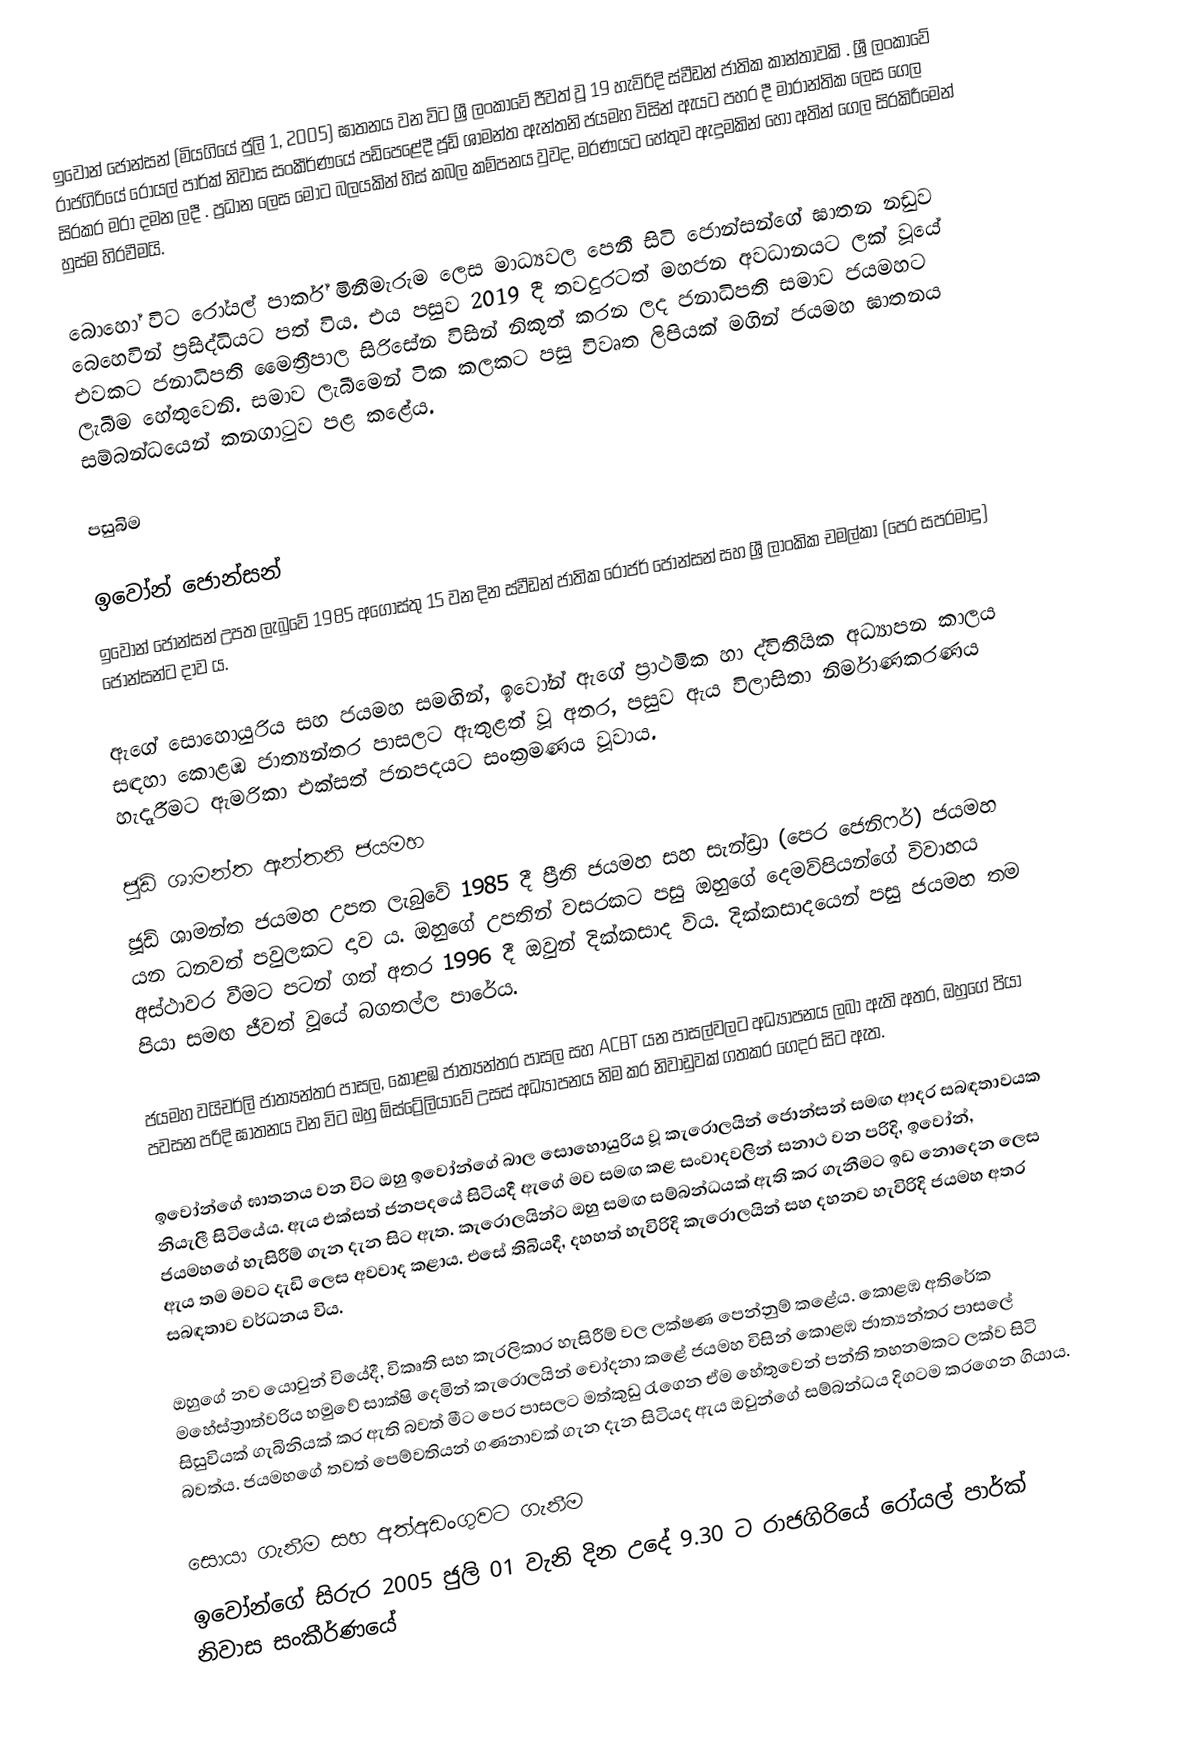
ඉවෝන් ජොන්සන් (මියගියේ ජුලි 1, 2005) ඝාතනය වන විට ශ්‍රී ලංකාවේ ජීවත් වූ 19 හැවිරිදි ස්වීඩන් ජාතික කාන්තාවකි . ශ්‍රී ලංකාවේ රාජගිරියේ රෝයල් පාර්ක් නිවාස සංකීර්ණයේ පඩිපෙළේදී ජූඩ් ශාමන්ත ඇන්තනි ජයමහ විසින් ඇයට පහර දී මාරාන්තික ලෙස ගෙල සිරකර මරා දමන ලදී . ප්‍රධාන ලෙස මොට බලයකින් හිස් කබල කම්පනය වුවද, මරණයට හේතුව ඇදුමකින් හෝ අතින් ගෙල සිරකිරීමෙන් හුස්ම හිරවීමයි.

බොහෝ විට රෝයල් පාර්ක් මිනීමැරුම ලෙස මාධ්‍යවල පෙනී සිටි ජොන්සන්ගේ ඝාතන නඩුව බෙහෙවින් ප්‍රසිද්ධියට පත් විය. එය පසුව 2019 දී තවදුරටත් මහජන අවධානයට ලක් වූයේ එවකට ජනාධිපති මෛත්‍රීපාල සිරිසේන විසින් නිකුත් කරන ලද ජනාධිපති සමාව ජයමහට ලැබීම හේතුවෙනි. සමාව ලැබීමෙන් ටික කලකට පසු විවෘත ලිපියක් මගින් ජයමහ ඝාතනය සම්බන්ධයෙන් කනගාටුව පළ කළේය.

පසුබිම

ඉවෝන් ජොන්සන්
ඉවෝන් ජොන්සන් උපත ලැබුවේ  1985 අගෝස්තු 15 වන දින ස්වීඩන් ජාතික රොජර් ජොන්සන් සහ ශ්‍රී ලාංකික චමල්කා (පෙර සපරමාදු) ජොන්සන්ට දාව ය.

ඇගේ සොහොයුරිය සහ ජයමහ සමඟින්, ඉවෝන් ඇගේ ප්‍රාථමික හා ද්විතීයික අධ්‍යාපන කාලය සඳහා කොළඹ ජාත්‍යන්තර පාසලට ඇතුළත් වූ අතර, පසුව ඇය විලාසිතා නිර්මාණකරණය හැදෑරීමට ඇමරිකා එක්සත් ජනපදයට සංක්‍රමණය වූවාය.

ජූඩ් ශාමන්ත ඇන්තනි ජයමහ
ජූඩ් ශාමන්ත ජයමහ උපත ලැබුවේ 1985 දී ප්‍රීති ජයමහ සහ සැන්ඩ්‍රා (පෙර ජෙනිෆර්) ජයමහ යන ධනවත් පවුලකට දාව ය. ඔහුගේ උපතින් වසරකට පසු ඔහුගේ දෙමව්පියන්ගේ විවාහය අස්ථාවර වීමට පටන් ගත් අතර 1996 දී ඔවුන් දික්කසාද විය. දික්කසාදයෙන් පසු ජයමහ තම පියා සමඟ ජීවත් වූයේ බගතල්ල පාරේය.

ජයමහ වයිචර්ලි ජාත්‍යන්තර පාසල, කොළඹ ජාත්‍යන්තර පාසල සහ ACBT යන පාසල්වලට අධ්‍යාපනය ලබා ඇති අතර, ඔහුගේ පියා පවසන පරිදි ඝාතනය වන විට ඔහු ඕස්ට්‍රේලියාවේ උසස් අධ්‍යාපනය නිම කර නිවාඩුවක් ගතකර ගෙදර සිට ඇත.

ඉවෝන්ගේ ඝාතනය වන විට ඔහු ඉවෝන්ගේ බාල සොහොයුරිය වූ කැරොලයින් ජොන්සන් සමඟ ආදර සබඳතාවයක නියැලී සිටියේය. ඇය එක්සත් ජනපදයේ සිටියදී ඇගේ මව සමඟ කළ සංවාදවලින් සනාථ වන පරිදි, ඉවෝන්, ජයමහගේ හැසිරීම් ගැන දැන සිට ඇත. කැරොලයින්ට ඔහු සමඟ සම්බන්ධයක් ඇති කර ගැනීමට ඉඩ නොදෙන ලෙස ඇය තම මවට දැඩි ලෙස අවවාද කළාය.  එසේ තිබියදී, දහහත් හැවිරිදි කැරොලයින් සහ දහනව හැවිරිදි ජයමහ අතර සබඳතාව වර්ධනය විය.

ඔහුගේ නව යොවුන් වියේදී, විකෘති සහ කැරලිකාර හැසිරීම් වල ලක්ෂණ පෙන්නුම් කළේය. කොළඹ අතිරේක මහේස්ත්‍රාත්වරිය හමුවේ සාක්ෂි දෙමින් කැරොලයින් චෝදනා කළේ ජයමහ විසින් කොළඹ ජාත්‍යන්තර පාසලේ සිසුවියක් ගැබිනියක් කර ඇති බවත් මීට පෙර පාසලට මත්කුඩු රැගෙන ඒම හේතුවෙන් පන්ති තහනමකට ලක්ව සිටි බවත්ය. ජයමහගේ තවත් පෙම්වතියන් ගණනාවක් ගැන දැන සිටියද ඇය ඔවුන්ගේ සම්බන්ධය දිගටම කරගෙන ගියාය.

සොයා ගැනීම සහ අත්අඩංගුවට ගැනීම
ඉවෝන්ගේ සිරුර 2005 ජුලි  01 වැනි දින උදේ 9.30 ට රාජගිරියේ රෝයල් පාර්ක් නිවාස සංකීර්ණයේ